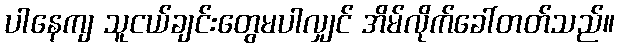
ပါနေကျ သူငယ်ချင်းတွေမပါလျှင် အိမ်လိုက်ခေါ်တတ်သည်။